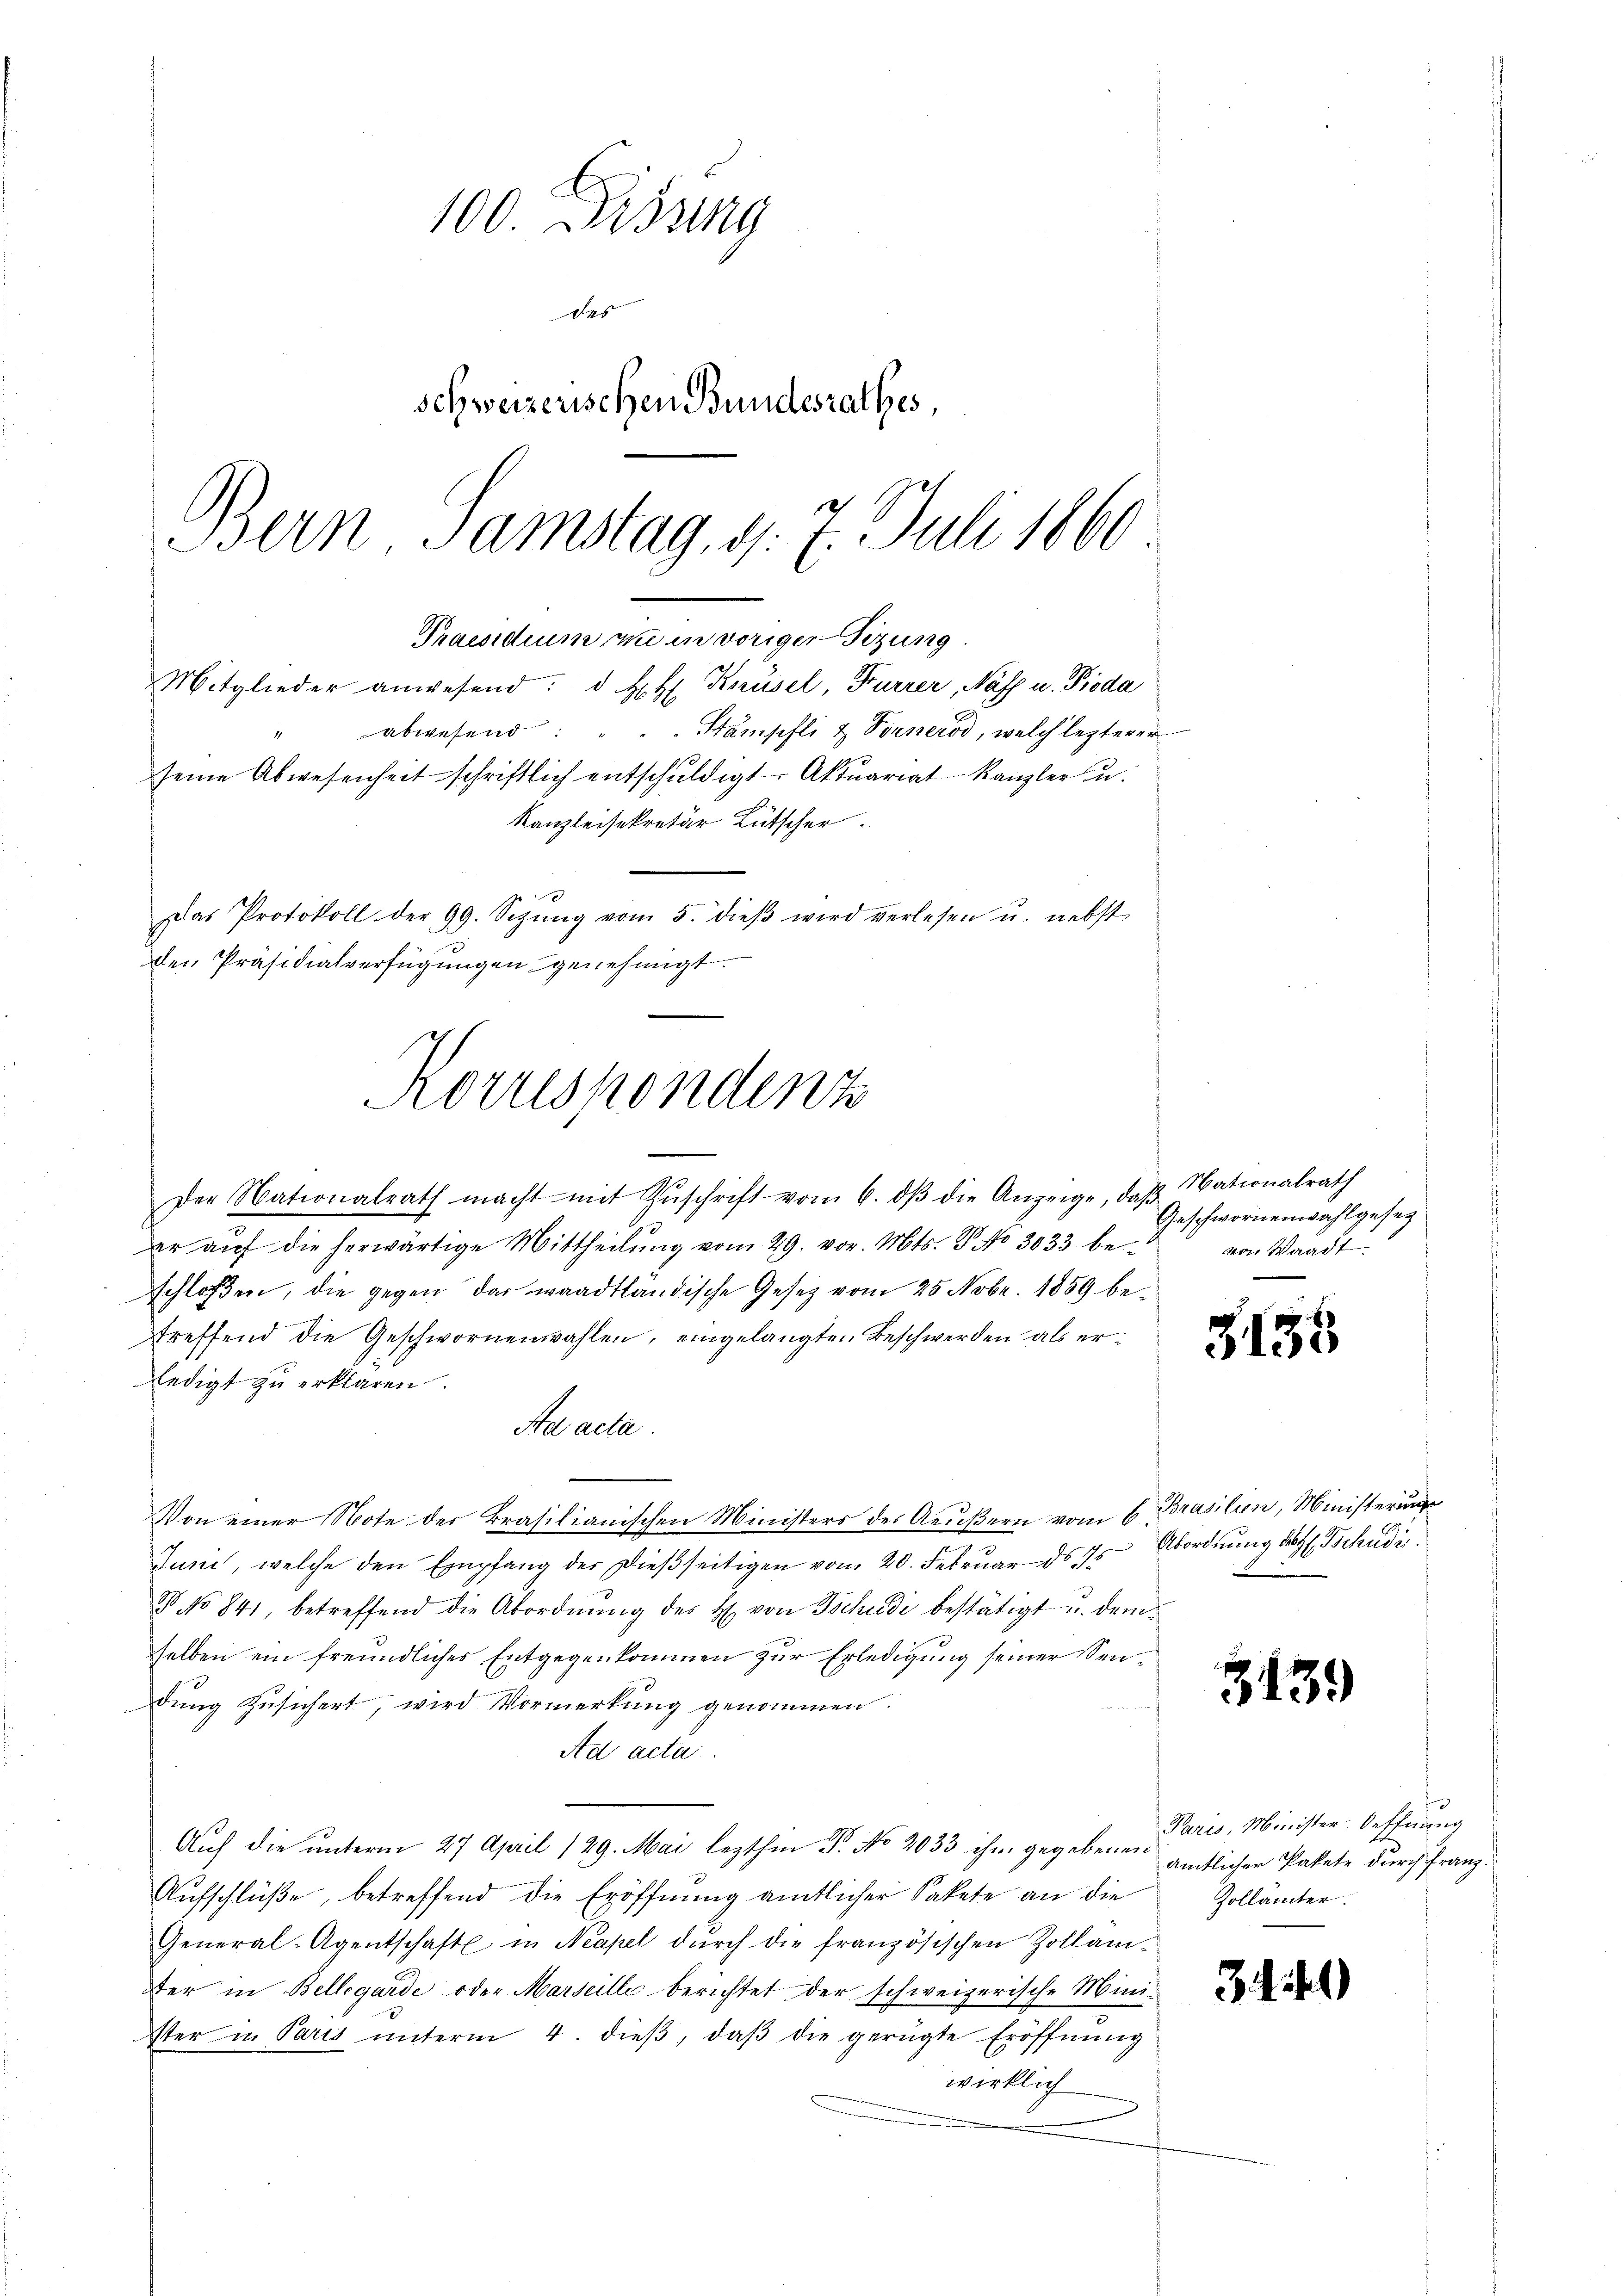
100 Dissung
des
schweizerischen Bundesrathes,
Bern Samstag, d. 7. Juli 1860

Praesidium wie in voriger Tizung
Mitglieder anwesend: d. H. H. Knüsel, Furrer, Naff u. Pioda
abwesend. " " Stampfli & Fornerod, welch lezterer
seine Abwesenheit schriftlich entschŭldigt. Aktuariat Kanzler u.

Koruspondenz

Das Protokoll der 99. Sizŭng vom 5. dieβ wird verlesen u. nebst
den Präsidialverfügungen genehmigt.

Kanzleisekretär Lütscher
i

Der Nationalrath macht mit Zŭschrift vom 6. dβ die Anzeige, daβ Nationalrath
er auf die herwärtige Mittheilung vom 29. vor. Mts. P. No 3033 beschloßen, die gegen das waadtländische Gesetz vom 25. Nobr. 1859 betreffend die Geschwornenwahlen, eingelangten Beschwerden als erledigt zu erklären.
Ad acta.
Von einer Note der krasilianischen Ministers des Aeußern vom 6. Brasilien, Ministerung
Juni, welche den Empfang der dieβseitigen vom 20. Febrŭar ds ds Abordnŭng des Tschudi
3 No 841, betreffend die Abordnŭng des H. von Tschudi bestätigt u. dem
selben ein freundliches Entgegenkommen zur Erledigung seiner Sendung zusichert, wird Vormerkung genommen.
Ad acta
Auf die unterm 27. April 129. Mai lezthin P. No 2033 ihm gegebenen amtlichen Pakete durch Franz¬
Aufschlüße, betreffend die Eröffnung amtlicher Sakete an die
General-Agentschaft in Neapel dŭrch die französischen Zollam-
fer in Bellegarde oder Marseille berichtet der schweizerische Minister in Paris ŭnterm 4. dieβ, daβ die gerügte Eröffnung
wirklich

Geschwornenwahlgesez
von Waadt

Paris, Minister: Oeffnung
Zollämter.

3135

339

31)